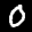
Label: 0